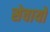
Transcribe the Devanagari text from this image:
सेवायो